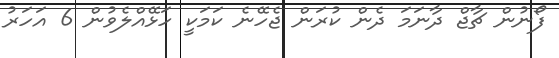
ފޯނުން ޗާޖް ދާނަމަ ދެން ކުރަން ޖެހޭނެ ކަމަކީ ހަޅޭއްލެވުން 6 އަހަރު